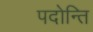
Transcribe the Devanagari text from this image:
पदोन्ति